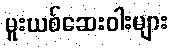
မူးယစ်ဆေးဝါးများ